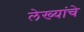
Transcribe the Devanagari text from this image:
लेख्यांचे